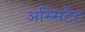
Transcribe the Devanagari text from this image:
अस्सिटैंट